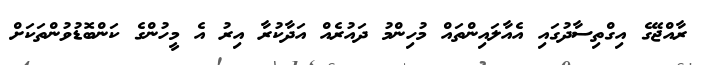
ރާއްޖޭގެ އިގްތިސާދުގައި އެއާލައިންތައް މުހިންމު ދައުރެއް އަދާކުރާ އިރު އެ މީހުންގެ ކަންބޮޑުވުންތަކަށް